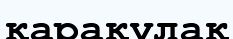
қарақұлақ